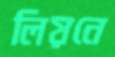
লিয়নে